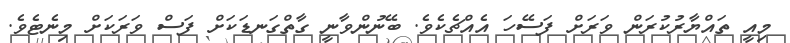
މިއީ ތައްޔާރުކުރަން ވަރަށް ފަސޭހަ އެއްޗެކެވެ. ބޭނުންވާނީ ގާތްގަނޑަކަށް ފަސް ވަރަކަށް މިނެޓެވެ.